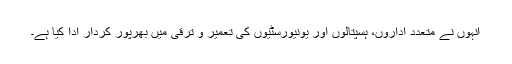
انہوں نے متعدد اداروں، ہسپتالوں اور یونیورسٹیوں کی تعمیر و ترقی میں بھرپور کردار ادا کیا ہے۔